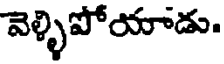
వెళ్ళిపోయాడు.